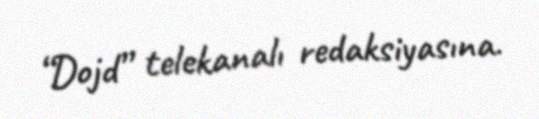
“Dojd” telekanalı redaksiyasına.